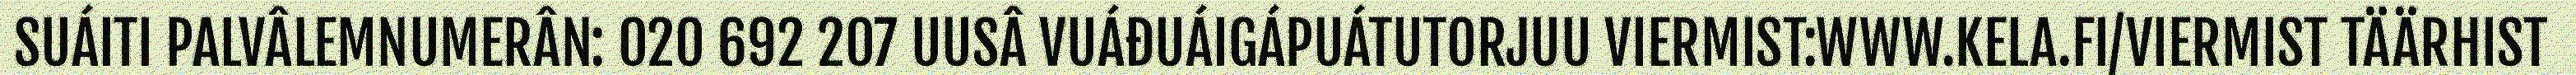
SUÁITI PALVÂLEMNUMERÂN: 020 692 207 UUSÂ VUÁĐUÁIGÁPUÁTUTORJUU VIERMIST:WWW.KELA.FI/VIERMIST TÄÄRHIST